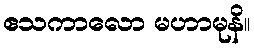
ဧသကာလော မဟာမုနိ။